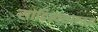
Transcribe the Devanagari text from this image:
साहित्यशास्त्रज्ञ